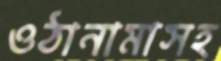
ওঠানামাসহ